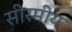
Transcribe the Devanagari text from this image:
सीरमीय